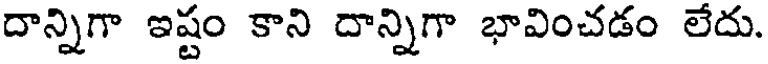
దాన్నిగా ఇష్టం కాని దాన్నిగా భావించడం లేదు.